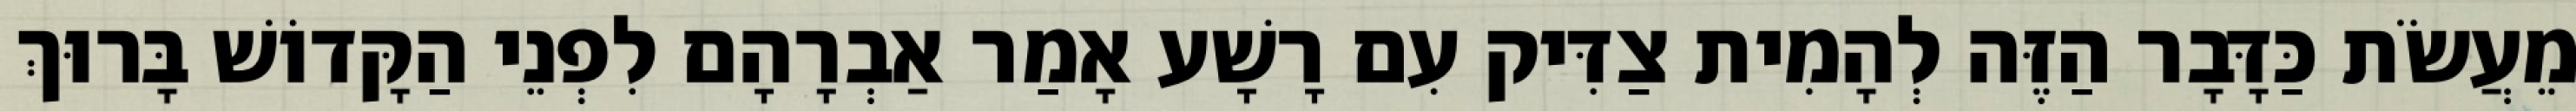
מֵעֲשֹׂת כַּדָּבָר הַזֶּה לְהָמִית צַדִּיק עִם רָשָׁע אָמַר אַבְרָהָם לִפְנֵי הַקָּדוֹשׁ בָּרוּךְ